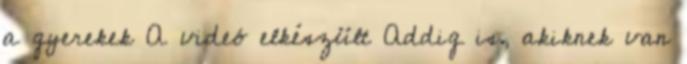
a gyerekek A videó elkészült Addig is, akiknek van